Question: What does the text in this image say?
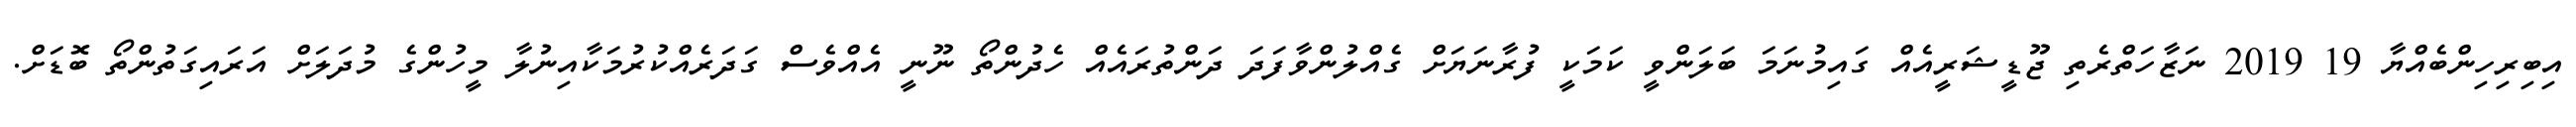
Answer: އިބިރިހިންބެއްޔާ 19 2019 ނަޒާހަތްރެތި ޖޫޑީޝަރީއެއް ގައިމުނަމަ ބަލަންވީ ކަމަކީ ފުރާނަޔަށް ގެއްލުންވާފަދަ ދަންތުރައެއް ހެދުންތޯ ނޫނީ އެއްވެސް ގަދަރެއްކުރުމަކާއިނުލާ މީހުންގެ މުދަލަށް އަރައިގަތުންތޯ ބޮޑަށް.